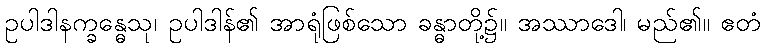
ဥပါဒါနက္ခန္ဓေသု၊ ဥပါဒါန်၏ အာရုံဖြစ်သော ခန္ဓာတို့၌။ အဿာဒေါ၊ မည်၏။ ဧတံ